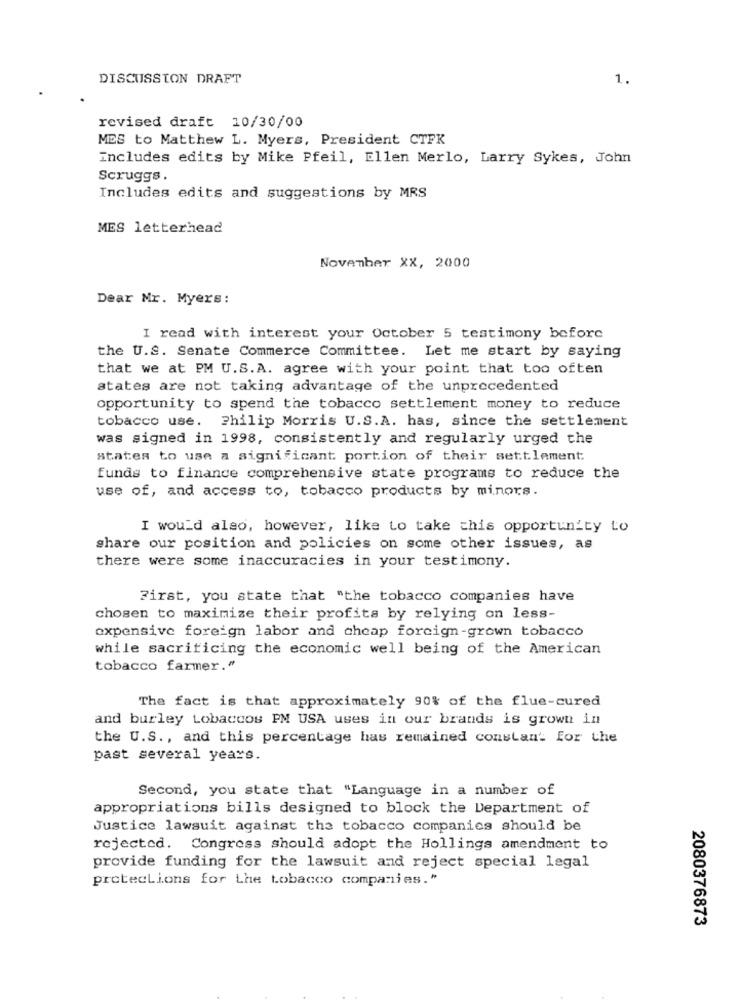
DISCUSSION DRAFT
1.
revised draft 10/30/00
MES to Matthew L. Myers, President CTFK
includes edits by Mike Pfeil, Ellen Merlo, Larry Sykes, John
Scruggs.
Includes edits and suggestions by MRS
MES letterhead
November XX, 2000
Dear Mr. Myers:
I read with interest your October 5 testimony before
the U.S. Senate Commerce Committee. Let me start by saying
that we at PM U.S.A. agree with your point that too often
states are not taking advantage of the unprecedented
opportunity to spend the tobacco settlement money to reduce
tobacco use. Philip Morris U.S.A. has, since the settlement
was signed in 1998, consistently and regularly urged the
states to use a significant portion of their settlement
funds to finance comprehensive state programs to reduce the
use of, and access to, tobacco products by minors.
I would also, however, like to take this opportunity to
share our position and policies on some other issues, as
there were some inaccuracies in your testimony.
First, you state that "the tobacco companies have
chosen to maximize their profits by relying on less-
expensive foreign labor and cheap foreign-grown tobacco
while sacrificing the economic well being of the American
tobacco farmer."
The fact is that approximately 90% of the flue-cured
and burley Lobaccos PM USA uses in our brands is grown in
the U.S ., and this percentage has remained constan' for the
past several years.
Second, you state that "Language in a number of
appropriations bills designed to block the Department of
Justice lawsuit against the tobacco companies should be
rejected. Congress should adopt the Hollings amendment to
provide funding for the lawsuit and reject special legal
protections for the tobacco companies."
2080376873